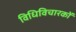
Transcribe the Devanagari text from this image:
विधिविचारकों